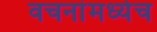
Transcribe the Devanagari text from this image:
वचनांमध्येच